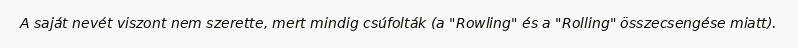
A saját nevét viszont nem szerette, mert mindig csúfolták (a "Rowling" és a "Rolling" összecsengése miatt).